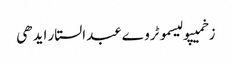
زخمیپولیسموٹروےعبدالستار ایدھی